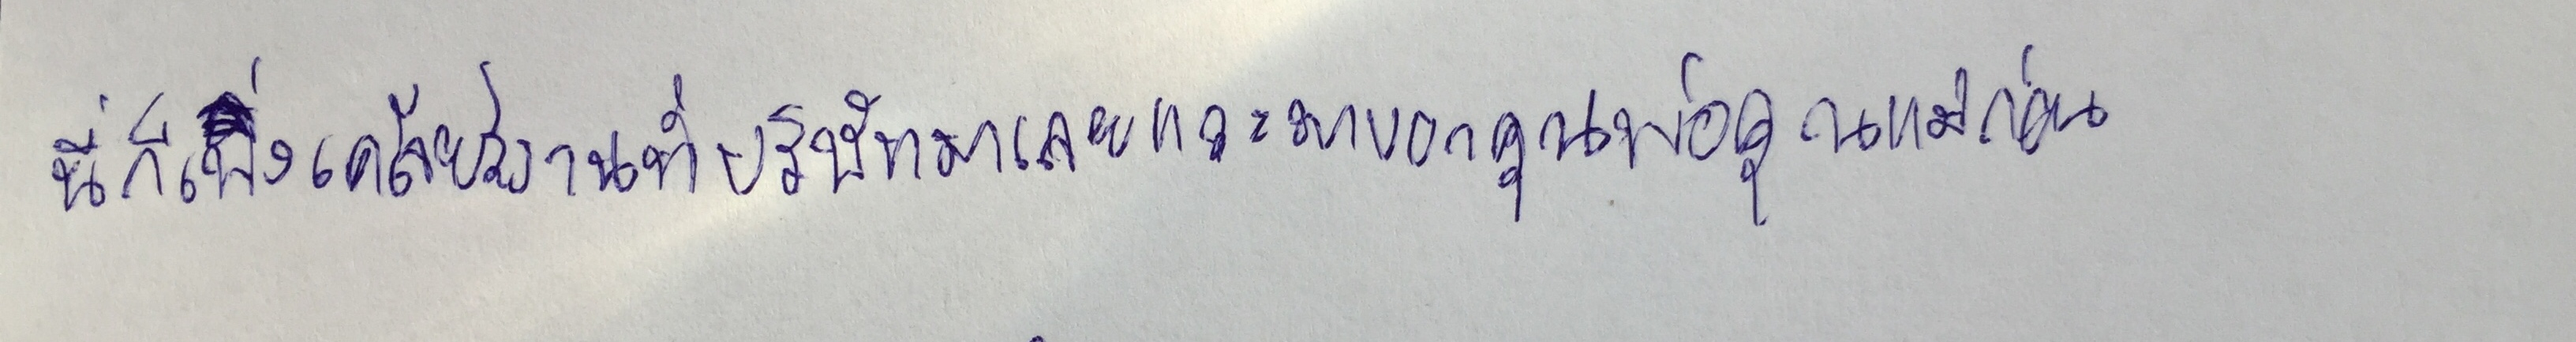
นี่ก็เพิ่งเคลียร์งานที่บริษัทมาเลยแวะมาบอกคุณพ่อคุณแม่ก่อน